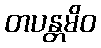
တပန္တမိဝ